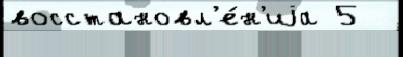
восстановл'е́н'иjа 5